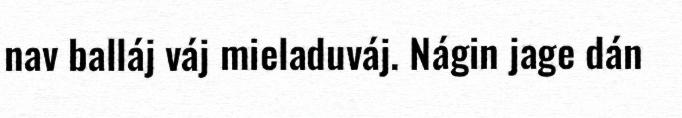
nav balláj váj mieladuváj. Nágin jage dán